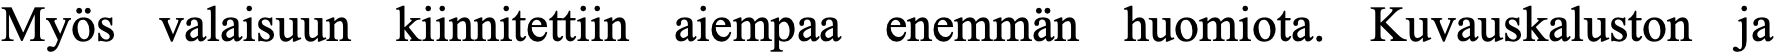
Myös valaisuun kiinnitettiin aiempaa enemmän huomiota. Kuvauskaluston ja